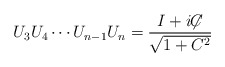
\begin{align*} U_3 U_4 \cdots U_{n-1} U_n = {I + i{\not\!\! C} \over \sqrt{1+C^2}}\end{align*}